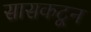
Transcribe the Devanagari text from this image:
सासकटून